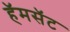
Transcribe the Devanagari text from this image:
हॅमसॅट